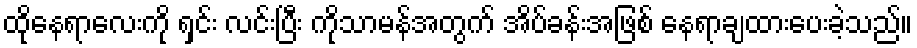
ထိုနေရာလေးကို ရှင်း လင်းပြီး ကိုသာမန်အတွက် အိပ်ခန်းအဖြစ် နေရာချထားပေးခဲ့သည်။